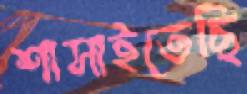
শাসাইতেছি